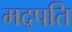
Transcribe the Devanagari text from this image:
मद्पति